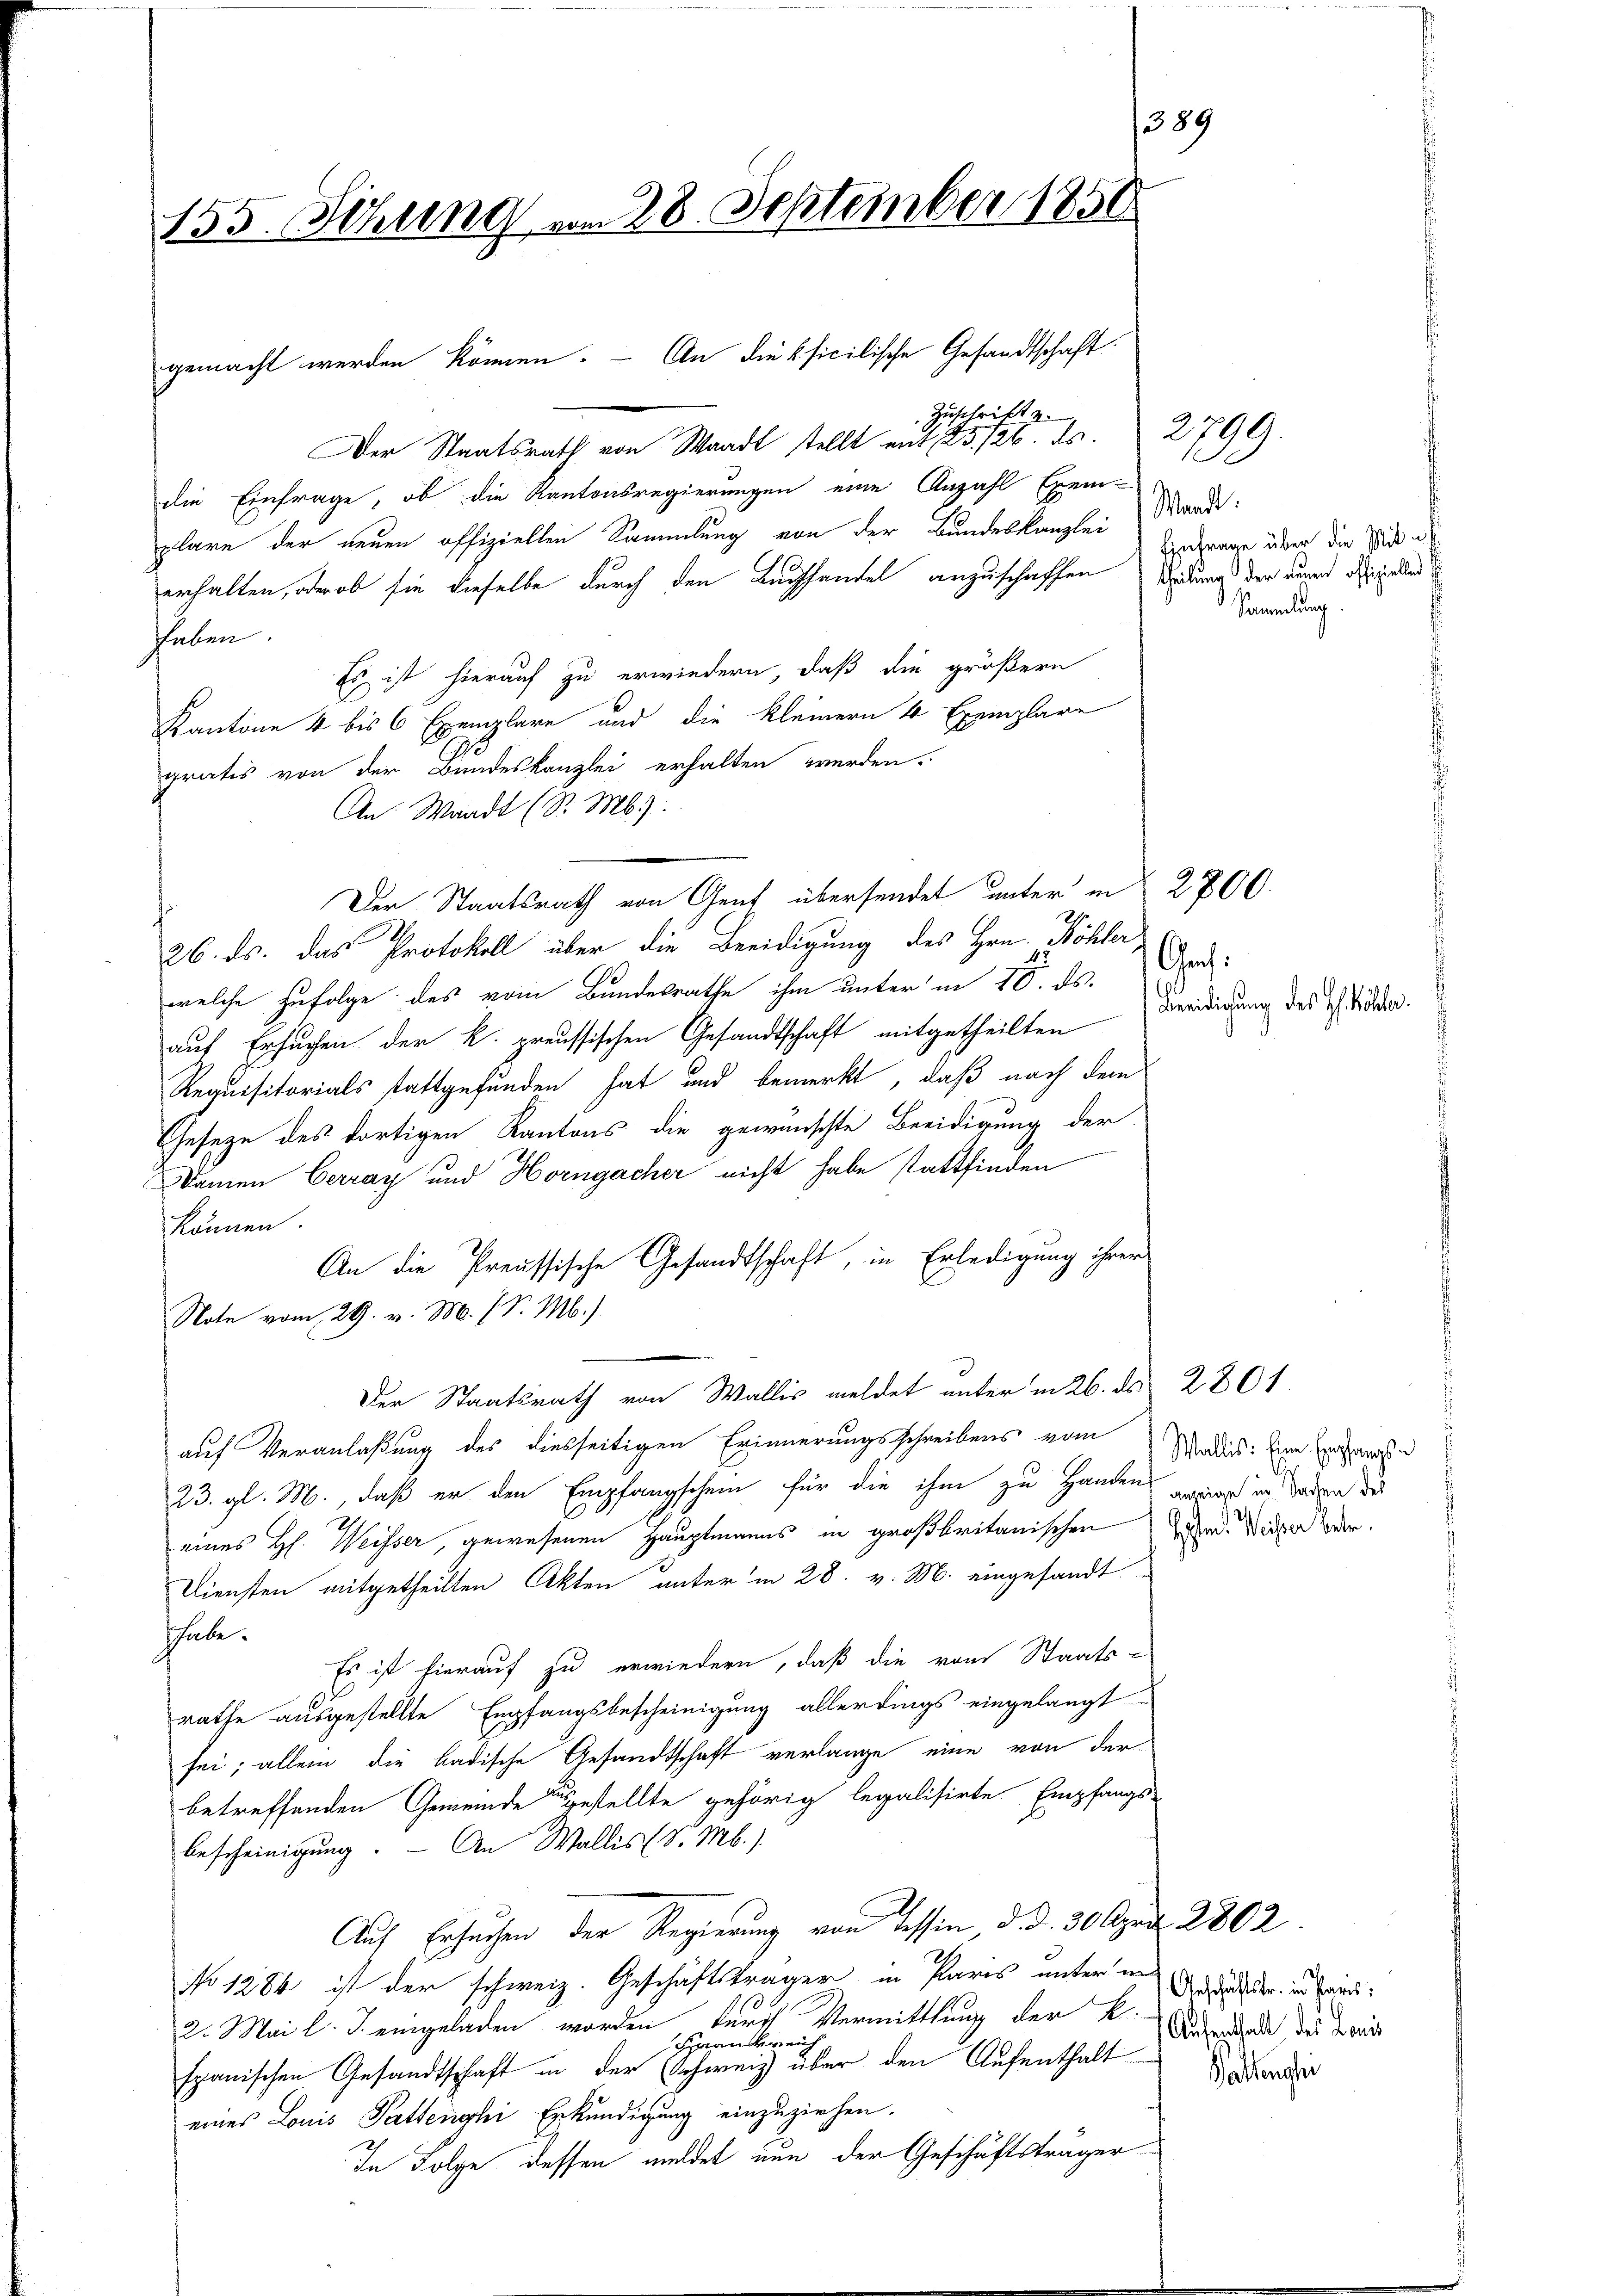
155. Sitzung vom 28. September 1850

Der Staatsrath von Waadt stellt mit 23./26. ds.
die Einfrage, ob die Kantonsregierungen eine Anzahl Exemplare der neuen offiziellen Sammlung von der Bundeskanzlei Marde:
erhalten, oder ob sie dieselbe durch den Buchhandel anzuschaffen Widrig der neuen der jede
haben.
Es ist hierauf zu erwiedern, daß die größern
Kantone 4 bis 6 Exemplare und die Kleinern 4 Exemplare
gratis von der Bundeskanzlei erhalten werden.
An: Waadt (S. Mb.).
Der Staatsrath von Gent übersendet unter in § 2800.
s
26. ds. das Protokoll über die Beeidigung des Hrn. Köhler
welche Zufolge des vom Bundesrathe ihm unter in 10. ds.
auf Ersuchen der k. preussischen Gesandtschaft mitgetheilten
Requisitorials stattgefunden hat und bemerkt, daß nach dem
Geseze des dortigen Kantons die gewünschte Beeidigung der
Damen Cerray und Horngacher nicht habe stattfinden
können
An die Preussische Gesandtschaft, in Erledigung ihrer
Note vom 29. v. M. h. S. M.)
Der Staatsrath von Wallis meldet unter in 26. ds 2861
auf Veranlaßung des diesseitigen Erinnerungsschreibens vom Wades: Eine Erachen
23. gl. M., daß er den Empfangschein für die ihm zu Handen gegen in deren de
eines H. Weisser, gewesenen Hauptmanns in großbritanischen Zehen Wider war.
Diensten mitgetheilten Akten unter in 28. v. M. eingesandt
habe.
Es ist hierauf zu erwiedern, daß die vom Staats-
rathe ausgestellte Empfangsbescheinigung allerdings eingelangt
sei; allein die badische Gesandtschaft verlange eine von der
betreffenden Gemeinde gestellte gehörig legalisirte Empfangs-
Bescheinigung. - An Wallis (S. Mb.)
Auf Ersuchen der Regierung von Tessin, d. d. 30. April 2802
No 1284 ist der schweiz. Geschäftsträger in Paris unter und der in sein
2. Mai l. J. eingeladen worden, fert Vermittlung der K. Acade des Land
berrich
Syran
spanischen Gesandtschaft in der Schweiz über den Aufenthalt
eines Louis Pattenglei Erkundigung einzuziehen.
In Folge dessen meldet nun der Geschäftsträger

gemacht werden können. – An die pficilische Gesandtschaft

Zuschrift e

389

Einfrage über die Mit al
Sammlung

Gauf:
Beeidigung des Hs. Köhler.

2799.

Pathenshei